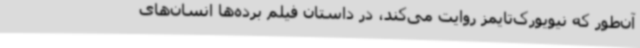
آن‌طور که نیویورک‌تایمز روایت می‌کند، در داستان فیلم برده‌ها انسان‌های